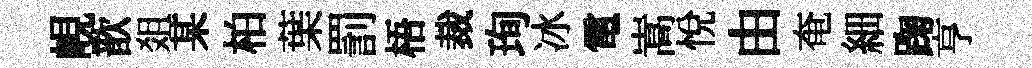
峴歆爼某柏葉罰梧裁珣冰電嵩悅由奄細踘亨